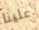
علينا